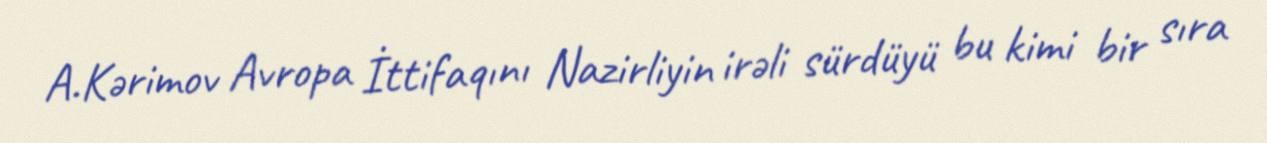
A.Kərimov Avropa İttifaqını Nazirliyin irəli sürdüyü bu kimi bir sıra